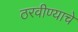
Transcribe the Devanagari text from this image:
ठरवीण्याचे